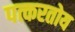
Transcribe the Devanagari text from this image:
पत्करतोय